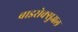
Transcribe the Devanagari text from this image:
बाइसेक्सुअल